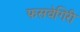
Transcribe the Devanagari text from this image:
फसवेगिरी